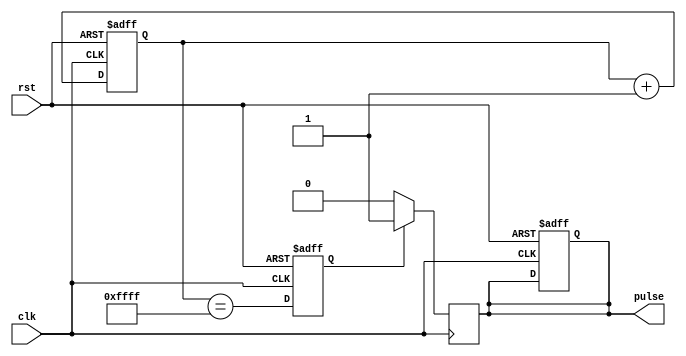
module PulseGenerator(
    input clk,
    input rst,
    output reg pulse
);

reg [15:0] count;
reg sync_pulse;

always @(posedge clk or posedge rst) begin
    if (rst) begin
        count <= 16'h0000;
        pulse <= 1'b0;
        sync_pulse <= 1'b0;
    end else begin
        count <= count + 1;
        sync_pulse <= (count == 16'hFFFF);
    end
end

always @(posedge clk) begin
    if (sync_pulse) begin
        pulse <= 1'b1;
    end else begin
        pulse <= 1'b0;
    end
end

endmodule